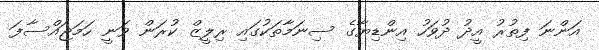
އަންނަ ފިތުރު އީދު ދުވަހު އިންޑިޔާގެ ސިނަމާތަކުގައި ރިލީޒް ކުރަން ވަނީ ހަމަޖައްސާފަ